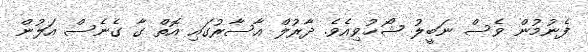
ފެނުމުން ވެސް ނަބީލު ޝޯޚުވިއެވެ. ދާރުލް އާސާރުގައި އޮތް ގާ ގެނެސް އަލުން